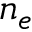
n _ { e }